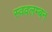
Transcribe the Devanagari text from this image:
स्ववलम्बन